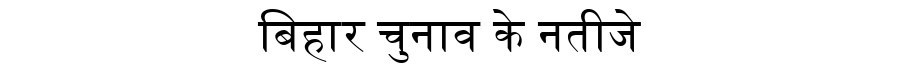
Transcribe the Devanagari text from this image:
बिहार चुनाव के नतीजे